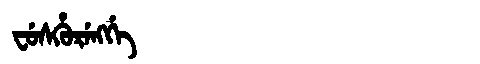
Manchu: ᠸᡠᠰᡥᡠᡵᡝᠩᡤᡝ
Romanization: FUSHURENGGE